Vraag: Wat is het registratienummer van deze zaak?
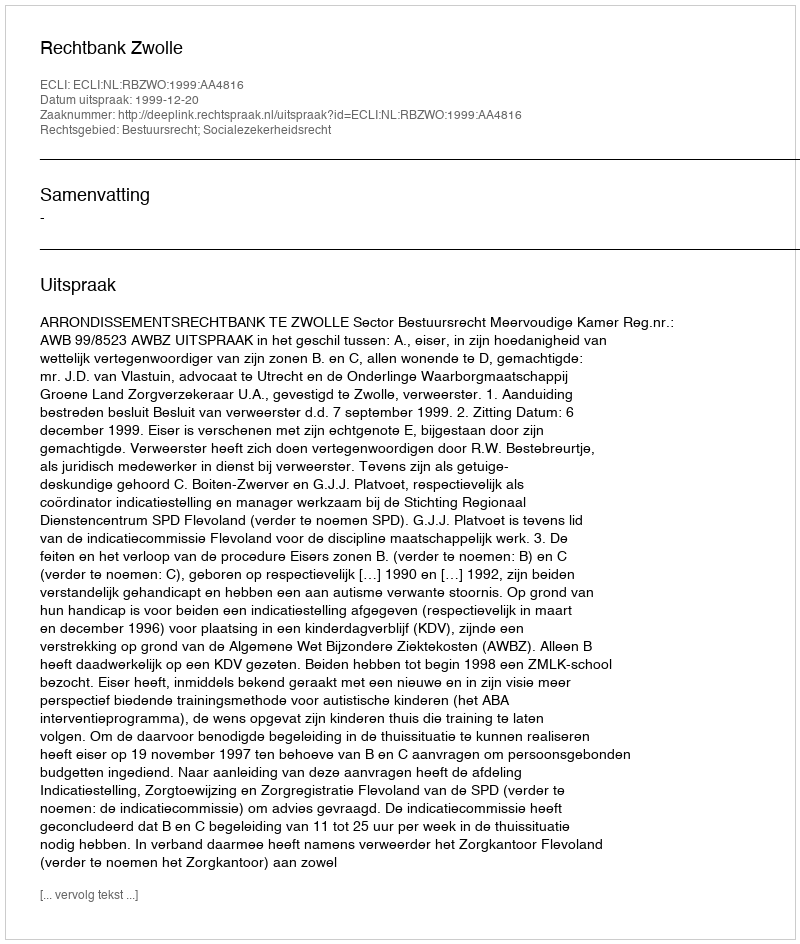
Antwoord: http://deeplink.rechtspraak.nl/uitspraak?id=ECLI:NL:RBZWO:1999:AA4816